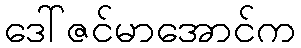
ဒေါ်ဇင်မာအောင်က